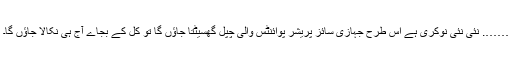
……. نئی نئی نوکری ہے اس طرح جہازی سائز پریشر پوائنٹس والی چپل گھسیٹتا جاؤں گا تو کل کے بجاے آج ہی نکالا جاؤں گا۔